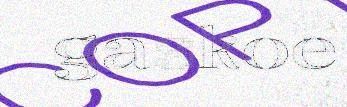
gaskoe